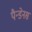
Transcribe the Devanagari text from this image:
पैन्डेनस